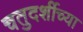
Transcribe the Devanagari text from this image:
चतुदर्शीच्या